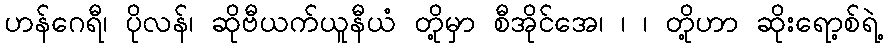
ဟန်ဂေရီ၊ ပိုလန်၊ ဆိုဗီယက်ယူနီယံ တို့မှာ စီအိုင်အေ၊ ၊ ၊ တို့ဟာ ဆိုးရော့စ်ရဲ့